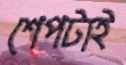
শেপটাই